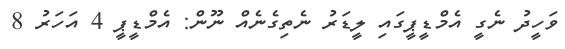
ވަހީދު ނެގީ އެމްޑީޕީގައި ލީޑަރު ނެތިގެނެއް ނޫން: އެމްޑީޕީ 4 އަހަރު 8